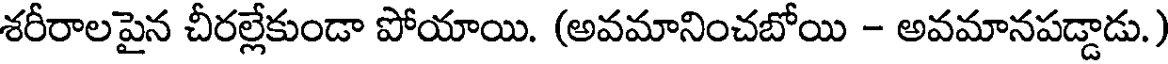
శరీరాలపైన చీరల్లేకుండా పోయాయి. (అవమానించబోయి - అవమానపడ్డాడు.)